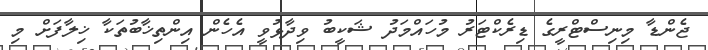
ޖެންޑާ މިނިސްޓްރީގެ ޑިރެކްޓަރު މުހައްމަދު ޝަކީބު ވިދާޅުވީ އެހެން އިންތިޚާބުތަކާ ޚިލާފަށް މި